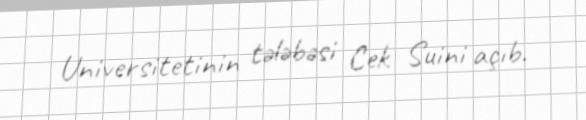
Universitetinin tələbəsi Cek Suini açıb.